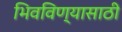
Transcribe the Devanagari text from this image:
भिवविण्यासाठी